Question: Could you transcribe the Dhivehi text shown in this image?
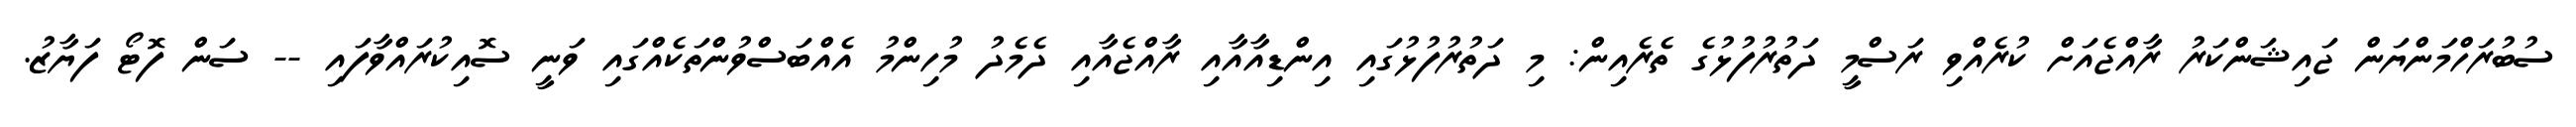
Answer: ސުބުރަހްމަންޔަން ޖައިޝަންކަރު ރާއްޖެއަށް ކުރެއްވި ރަސްމީ ދަތުރުފުޅުގެ ތެރެއިން: މި ދަތުރުފުޅުގައި އިންޑިއާއާއި ރާއްޖެއާއި ދެމެދު މުހިންމު އެއްބަސްވުންތަކެއްގައި ވަނީ ސޮއިކުރައްވާފައި -- ސަން ފޮޓޯ ފަޔާޒު.